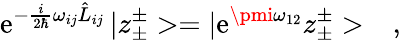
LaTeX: \mathrm{e}^{-\frac{{i}}{{2\hbar}}\omega_{ij}\hat{{L}}_{ij}}\, |z_{\pm}^{\pm}>=|\mathrm{e}^{\pmi\omega_{12}}z_{\pm}^{\pm}>\ \ \ ,